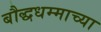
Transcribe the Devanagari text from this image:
बौद्धधम्माच्या